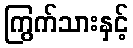
ကြွက်သားနှင့်